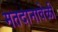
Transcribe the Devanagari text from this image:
मतदानावेळी